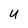
Character: U